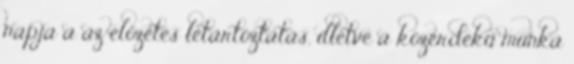
napja a az előzetes letartóztatás, illetve a közérdekű munka